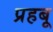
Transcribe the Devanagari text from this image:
प्रहबू